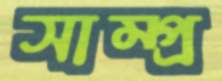
সাম্প্র